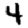
Digit: 4